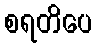
စရတိပေ